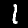
Digit: 1